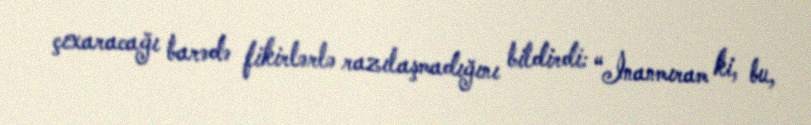
çıxaracağı barədə fikirlərlə razılaşmadığını bildirdi: “İnanmıram ki, bu,